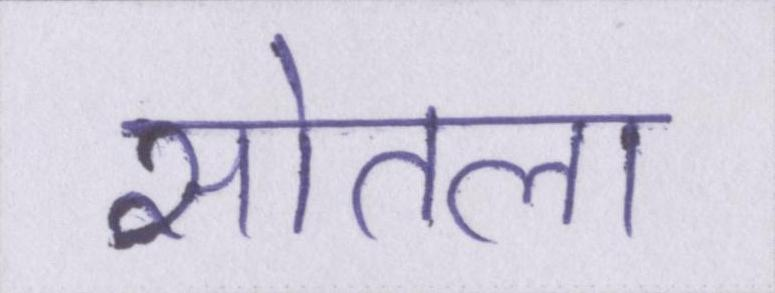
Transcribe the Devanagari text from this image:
सोतला